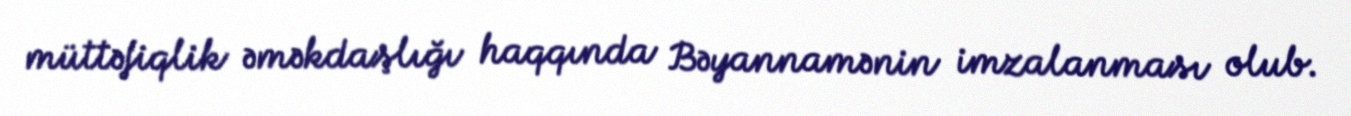
müttəfiqlik əməkdaşlığı haqqında Bəyannamənin imzalanması olub.